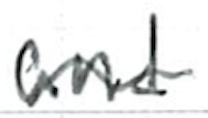
Text: and
Cross-out: wave
Writing tool: ballpoint